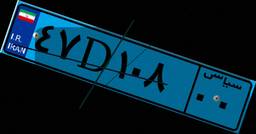
۹۰D۹۶۱۱۰